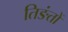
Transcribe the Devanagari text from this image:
तिङंतों